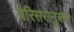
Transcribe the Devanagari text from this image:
परिसरानुरूप